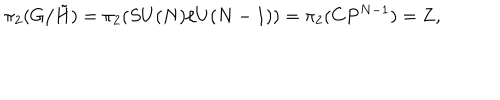
\pi _ { 2 } ( G / \tilde { H } ) = \pi _ { 2 } ( S U ( N ) / U ( N - 1 ) ) = \pi _ { 2 } ( C P ^ { N - 1 } ) = { \bf Z } ,